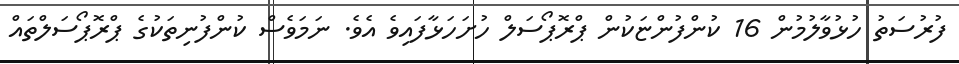
ފުރުސަތު ހުޅުވާލުމުން 16 ކުންފުންޏަކުން ޕްރޮޕޯސަލް ހުށަހަޅާފައިވެ އެވެ. ނަމަވެސް ކުންފުނިތަކުގެ ޕްރޮޕޯސަލްތައް